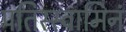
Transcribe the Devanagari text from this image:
पतिस्स्वामिनं